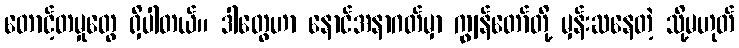
တောင့်တမှုတွေ ရှိပါတယ်။ ဒါတွေဟာ နောင်အနာဂတ်မှာ ကျွန်တော်တို့ မှန်းဆနေတဲ့ သို့မဟုတ်